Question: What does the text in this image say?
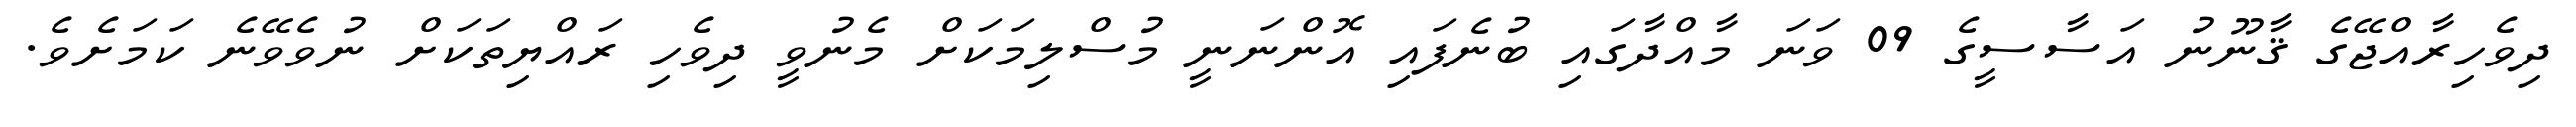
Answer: ދިވެހިރާއްޖޭގެ ޤާނޫނު އަސާސީގެ 09 ވަނަ މާއްދާގައި ބުނެފައި އޮންނަނީ މުސްލިމަކަށް މެނުވީ ދިވެހި ރައްޔިތަކަށް ނުވެވޭނެ ކަމަށެވެ.